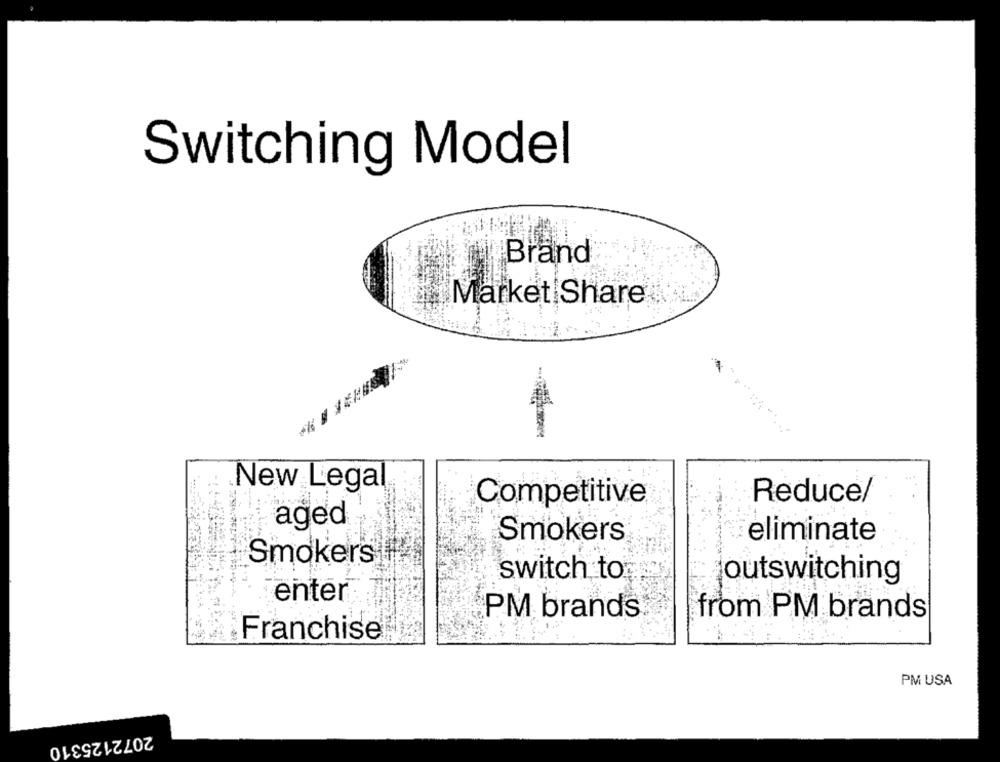
Switching Model
Brand
Market Share
New Legal
Competitive
Reduce/
aged
Smokers
eliminate
Smokers
switch to
outswitching
enter
PM brands
from PM brands
Franchise
PM USA
2072125310